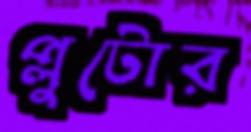
প্লুটোর